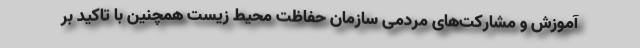
آموزش و مشارکت‌های مردمی سازمان حفاظت محیط زیست همچنین با تاکید بر